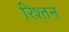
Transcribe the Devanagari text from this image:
रिश्तन